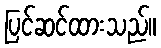
ပြင်ဆင်ထားသည်။